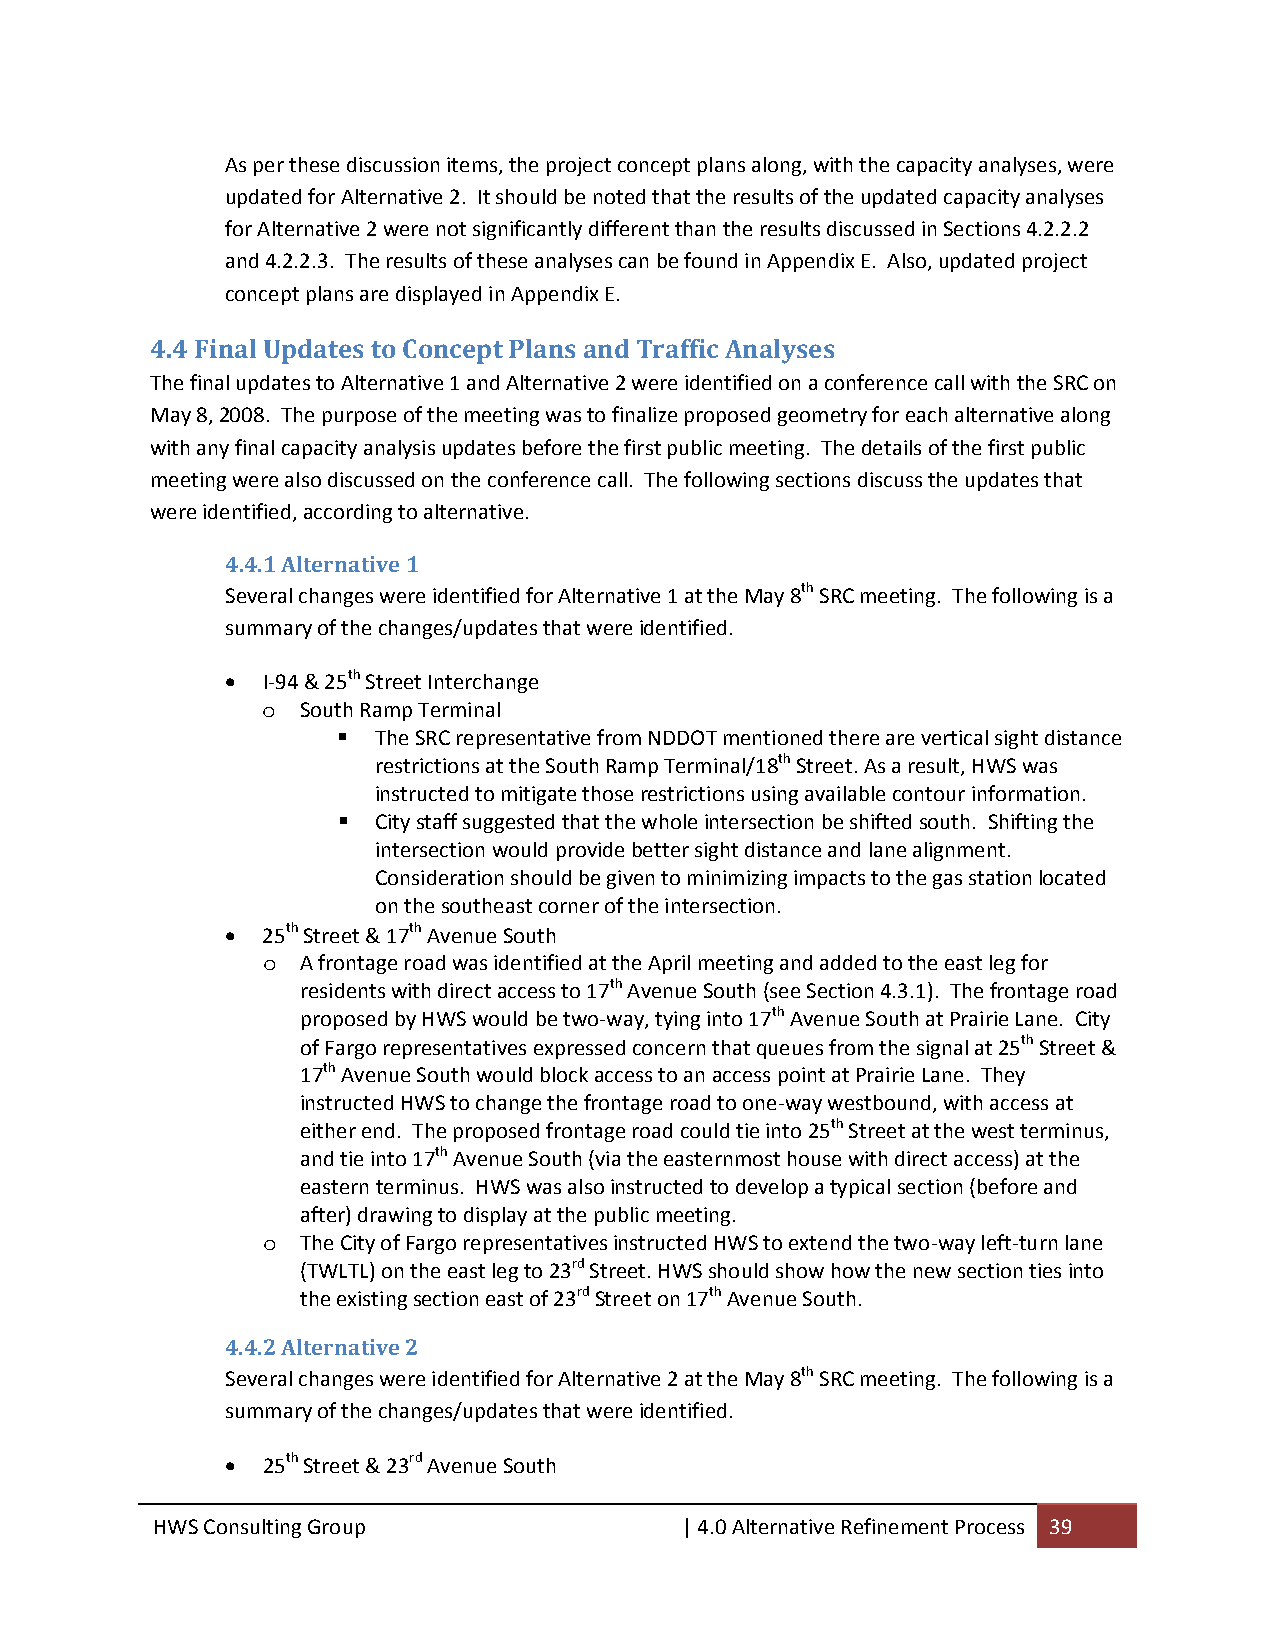
As per these discussion items, the project concept plans along, with the capacity analyses, were
 updated for Alternative 2. It should be noted that the results of the updated capacity analyses
 for Alternative 2 were not significantly different than the results discussed in Sections 4.2.2.2
 and 4.2.2.3. The results of these analyses can be found in Appendix E. Also, updated project
 concept plans are displayed in Appendix E.
 4.4 Final Updates to Concept Plans and Traffic Analyses
 The final updates to Alternative 1 and Alternative 2 were identified on a conference call with the SRC on
 May 8, 2008. The purpose of the meeting was to finalize proposed geometry for each alternative along
 with any final capacity analysis updates before the first public meeting. The details of the first public
 meeting were also discussed on the conference call. The following sections discuss the updates that
 were identified, according to alternative.
 4.4.1 Alternative 1
 Several changes were identified for Alternative 1 at the May 8th SRC meeting. The following is a
 summary of the changes/updates that were identified.
  I‐94 & 25th Street Interchange
 o  South Ramp Terminal
   The SRC representative from NDDOT mentioned there are vertical sight distance
 restrictions at the South Ramp Terminal/18th Street. As a result, HWS was
 instructed to mitigate those restrictions using available contour information.
   City staff suggested that the whole intersection be shifted south. Shifting the
 intersection would provide better sight distance and lane alignment.
 Consideration should be given to minimizing impacts to the gas station located
 on the southeast corner of the intersection.
  25th Street & 17th Avenue South
 o  A frontage road was identified at the April meeting and added to the east leg for
 residents with direct access to 17th Avenue South (see Section 4.3.1). The frontage road
 proposed by HWS would be two‐way, tying into 17th Avenue South at Prairie Lane. City
 of Fargo representatives expressed concern that queues from the signal at 25th Street &
 17th Avenue South would block access to an access point at Prairie Lane. They
 instructed HWS to change the frontage road to one‐way westbound, with access at
 either end. The proposed frontage road could tie into 25th Street at the west terminus,
 and tie into 17th Avenue South (via the easternmost house with direct access) at the
 eastern terminus. HWS was also instructed to develop a typical section (before and
 after) drawing to display at the public meeting.
 o  The City of Fargo representatives instructed HWS to extend the two‐way left‐turn lane
 (TWLTL) on the east leg to 23rd Street. HWS should show how the new section ties into
 the existing section east of 23rd Street on 17th Avenue South.
 4.4.2 Alternative 2
 Several changes were identified for Alternative 2 at the May 8th SRC meeting. The following is a
 summary of the changes/updates that were identified.
  25th Street & 23rd Avenue South
 HWS Consulting Group               | 4.0 Alternative Refinement Process 39